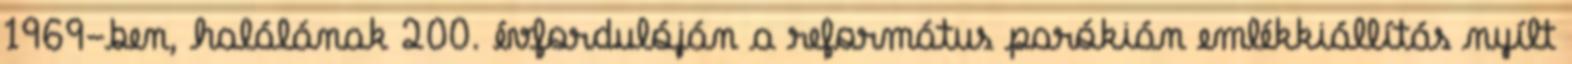
1969-ben, halálának 200. évfordulóján a református parókián emlékkiállítás nyílt